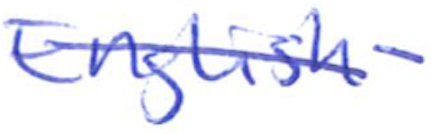
Text: English-
Cross-out: diagonal
Writing tool: ballpoint